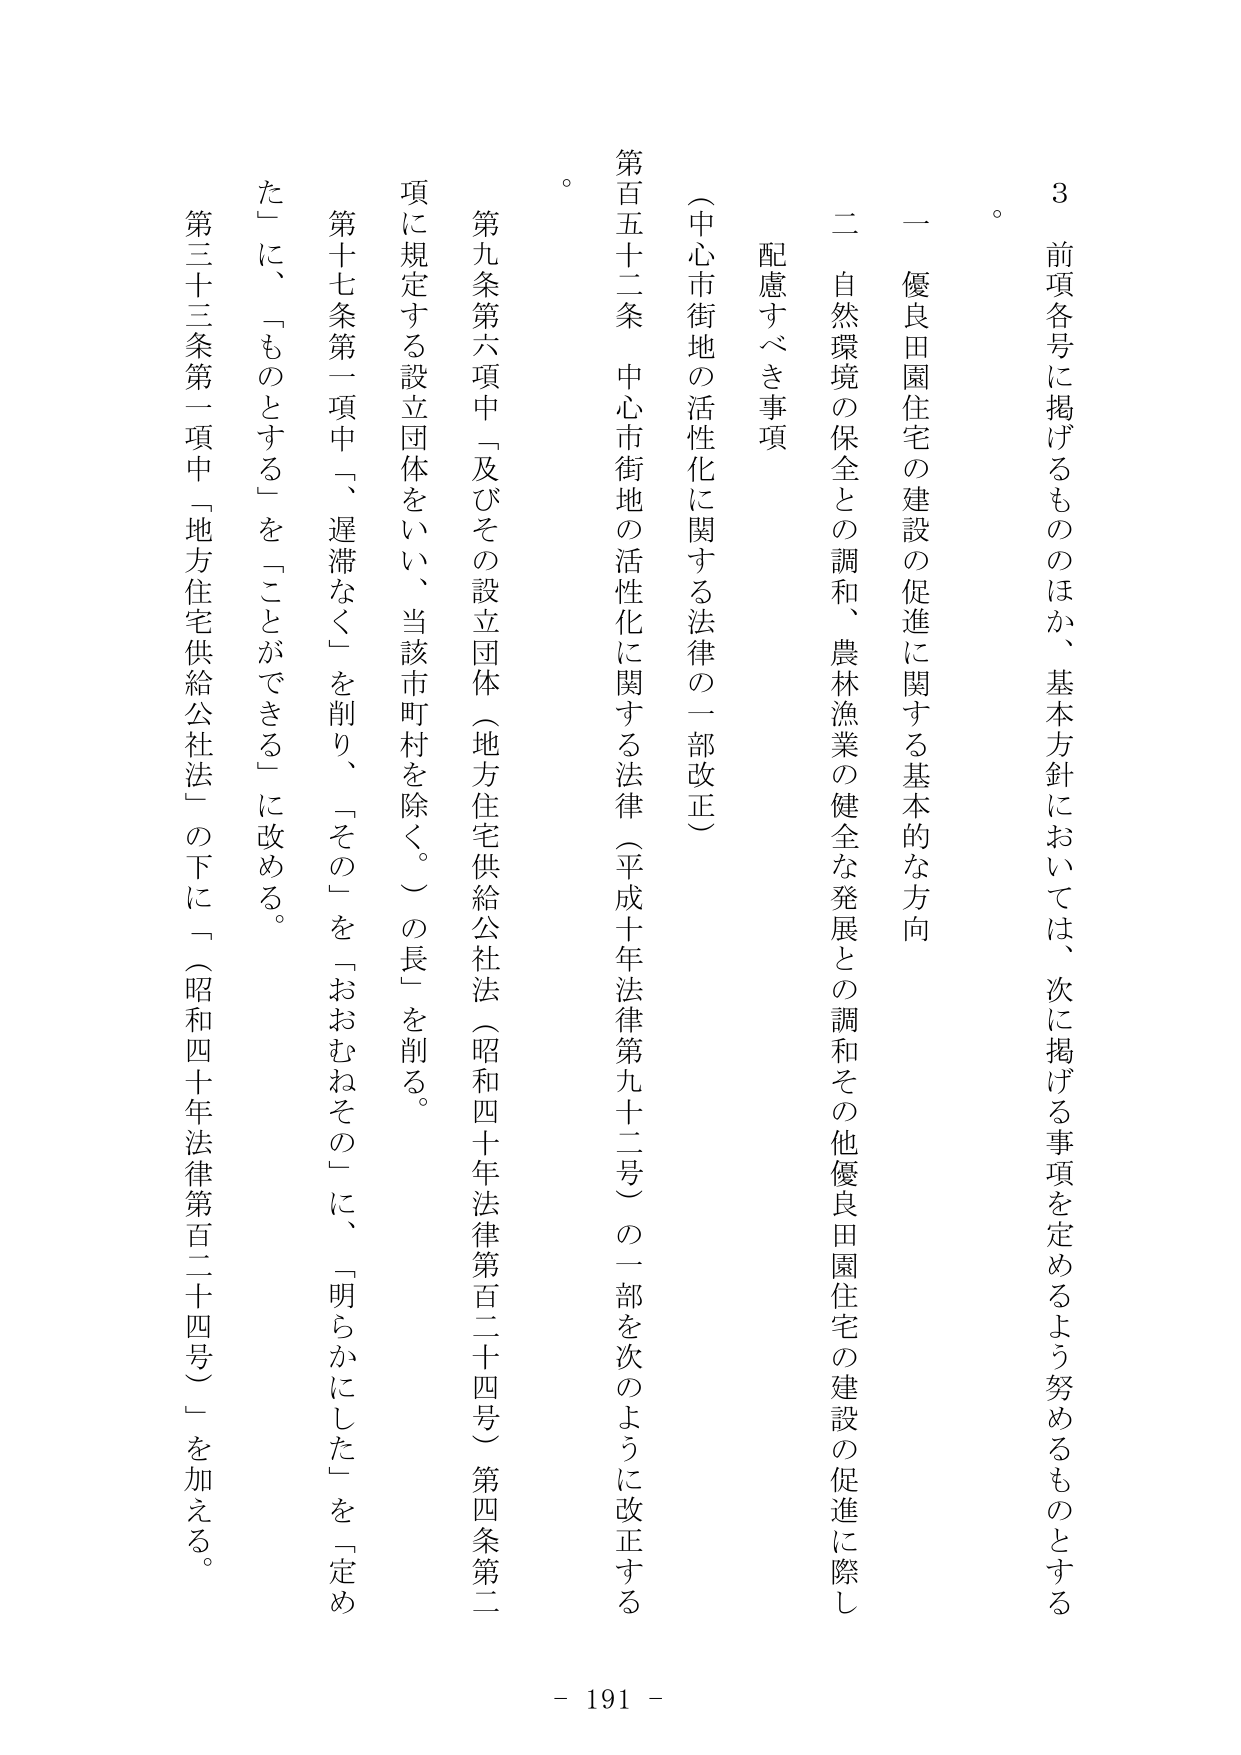
3 前項各号に掲げるもののほか、基本方針においては、次に掲げる事項を定めるよう努めるものとする。

一 優良田園住宅の建設の促進に関する基本的な方向

二 自然環境の保全との調和、農林漁業の健全な発展との調和その他優良田園住宅の建設の促進に際し配慮すべき事項

（中心市街地の活性化に関する法律の一部改正）

第百五十二条 中心市街地の活性化に関する法律（平成十年法律第九十二号）の一部を次のように改正する。

第九条第六項中「及びその設立団体（地方住宅供給公社法（昭和四十年法律第百二十四号）第四条第二項に規定する設立団体をいい、当該市町村を除く。）の長」を削る。

第十七条第一項中「、遅滞なく」を削り、「その」を「おおむねその」に、「明らかにした」を「定めた」に、「ものとする」を「ことができる」に改める。

第三十三条第一項中「地方住宅供給公社法」の下に「（昭和四十年法律第百二十四号）」を加える。

- 191 -